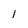
Character: 1